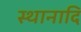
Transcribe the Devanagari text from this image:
स्थानादि